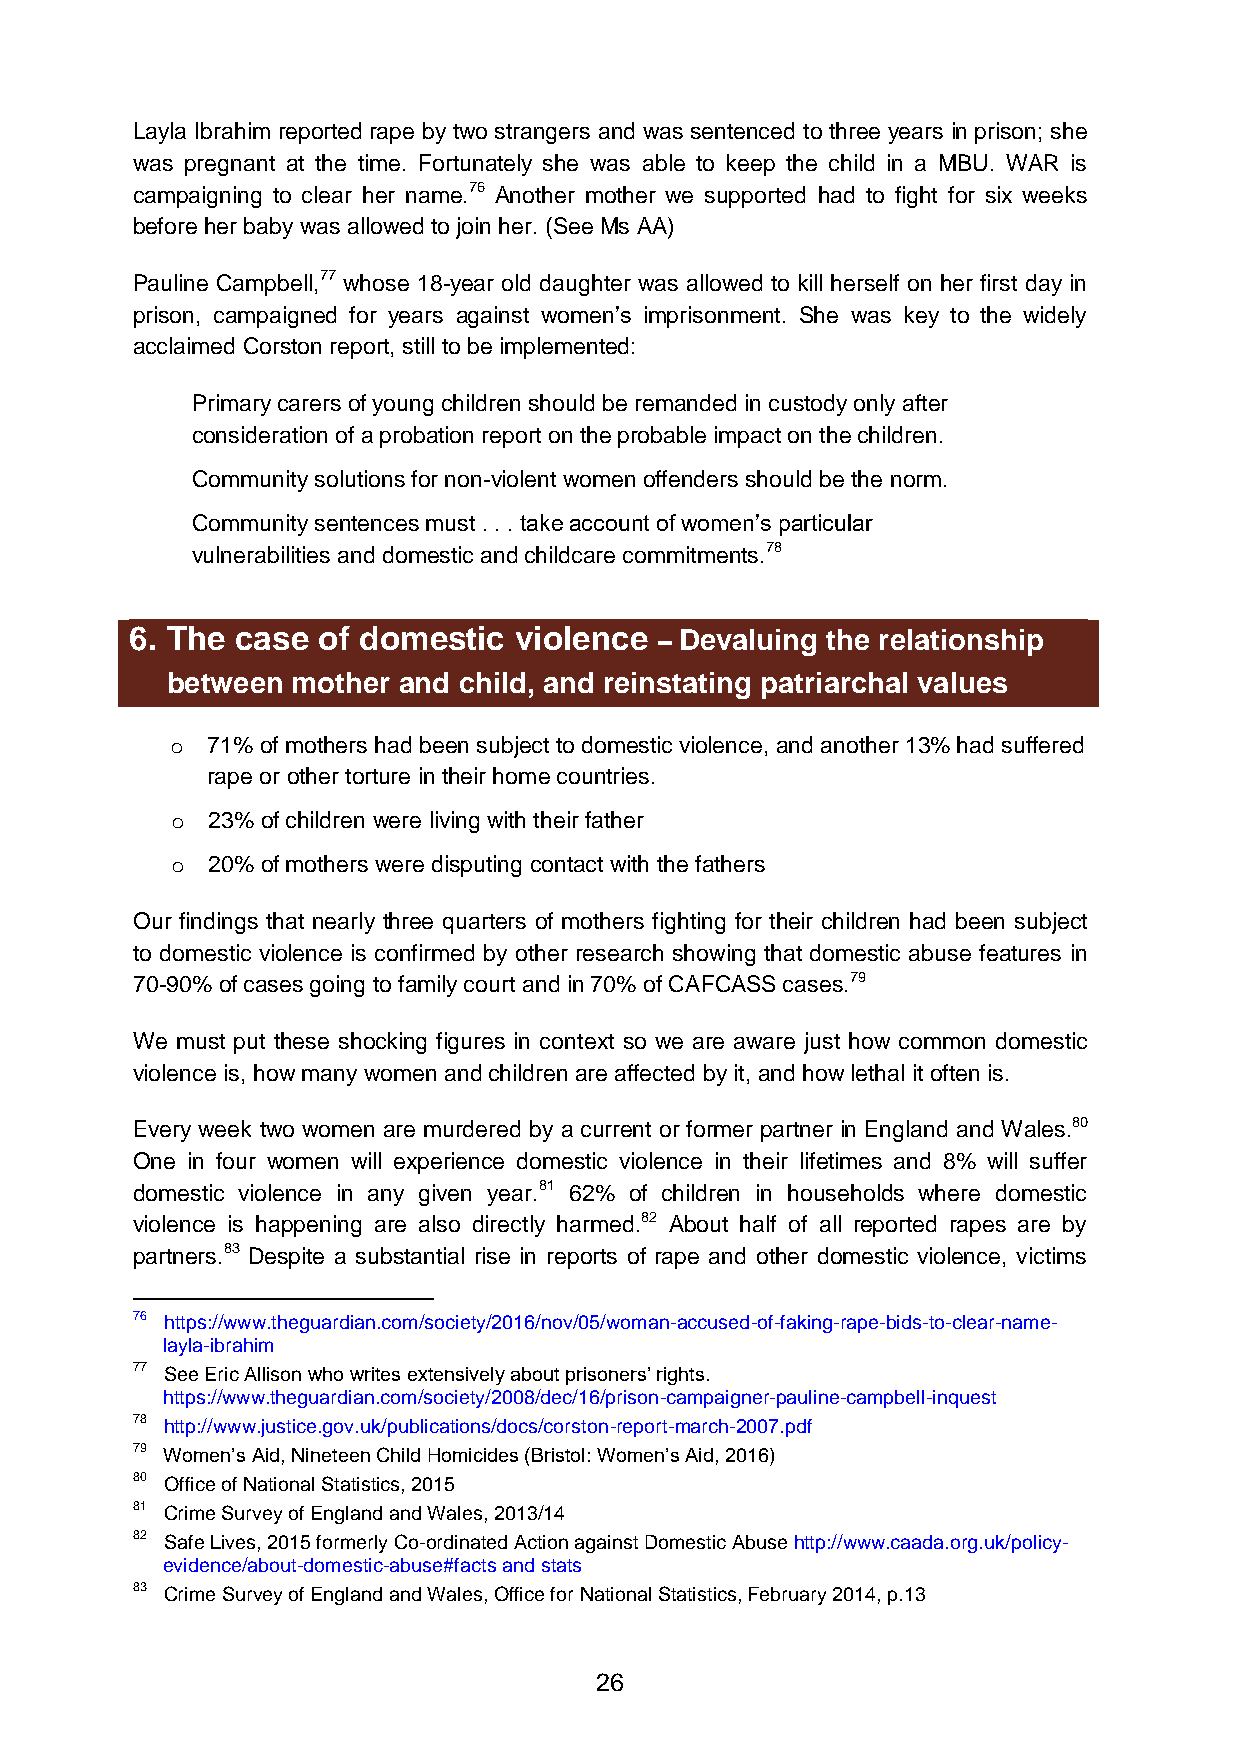
Layla Ibrahim reported rape by two strangers and was sentenced to three years in prison; she
 was pregnant at the time. Fortunately she was able to keep the child in a MBU. WAR is
 campaigning to clear her name.76 Another mother we supported had to fight for six weeks
 before her baby was allowed to join her. (See Ms AA)
 Pauline Campbell,77 whose 18-year old daughter was allowed to kill herself on her first day in
 prison, campaigned for years against women’s imprisonment. She was key to the widely
 acclaimed Corston report, still to be implemented:
 Primary carers of young children should be remanded in custody only after
 consideration of a probation report on the probable impact on the children.
 Community solutions for non-violent women offenders should be the norm.
 Community sentences must . . . take account of women’s particular
 vulnerabilities and domestic and childcare commitments.78
 6. The case of domestic  violence  – Devaluing the relationship
 between mother and child, and reinstating patriarchal values
 o  71% of mothers had been subject to domestic violence, and another 13% had suffered
 rape or other torture in their home countries.
 o  23% of children were living with their father
 o  20% of mothers were disputing contact with the fathers
 Our findings that nearly three quarters of mothers fighting for their children had been subject
 to domestic violence is confirmed by other research showing that domestic abuse features in
 70-90% of cases going to family court and in 70% of CAFCASS cases.79
 We must put these shocking figures in context so we are aware just how common domestic
 violence is, how many women and children are affected by it, and how lethal it often is.
 Every week two women are murdered by a current or former partner in England and Wales.80
 One in four women will experience domestic violence in their lifetimes and 8% will suffer
 domestic violence in any given year.81 62% of children in households where domestic
 violence is happening are also directly harmed.82 About half of all reported rapes are by
 partners.83 Despite a substantial rise in reports of rape and other domestic violence, victims
 76 https://www.theguardian.com/society/2016/nov/05/woman-accused-of-faking-rape-bids-to-clear-name-
 layla-ibrahim
 77 See Eric Allison who writes extensively about prisoners’ rights.
 https://www.theguardian.com/society/2008/dec/16/prison-campaigner-pauline-campbell-inquest
 78 http://www.justice.gov.uk/publications/docs/corston-report-march-2007.pdf
 79 Women’s Aid, Nineteen Child Homicides (Bristol: Women’s Aid, 2016)
 80 Office of National Statistics, 2015
 81 Crime Survey of England and Wales, 2013/14
 82 Safe Lives, 2015 formerly Co-ordinated Action against Domestic Abuse http://www.caada.org.uk/policy-
 evidence/about-domestic-abuse#facts and stats
 83 Crime Survey of England and Wales, Office for National Statistics, February 2014, p.13
 26